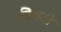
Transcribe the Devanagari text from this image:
विवदो